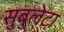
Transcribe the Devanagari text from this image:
सुबुलेटा